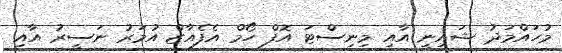
މުހައްމަދު ޝައިނީ އާއި މިނިސްޓަ އޮފް ހޯމް އެފެއާޒް އުމަރު ނަސީރު އާއި